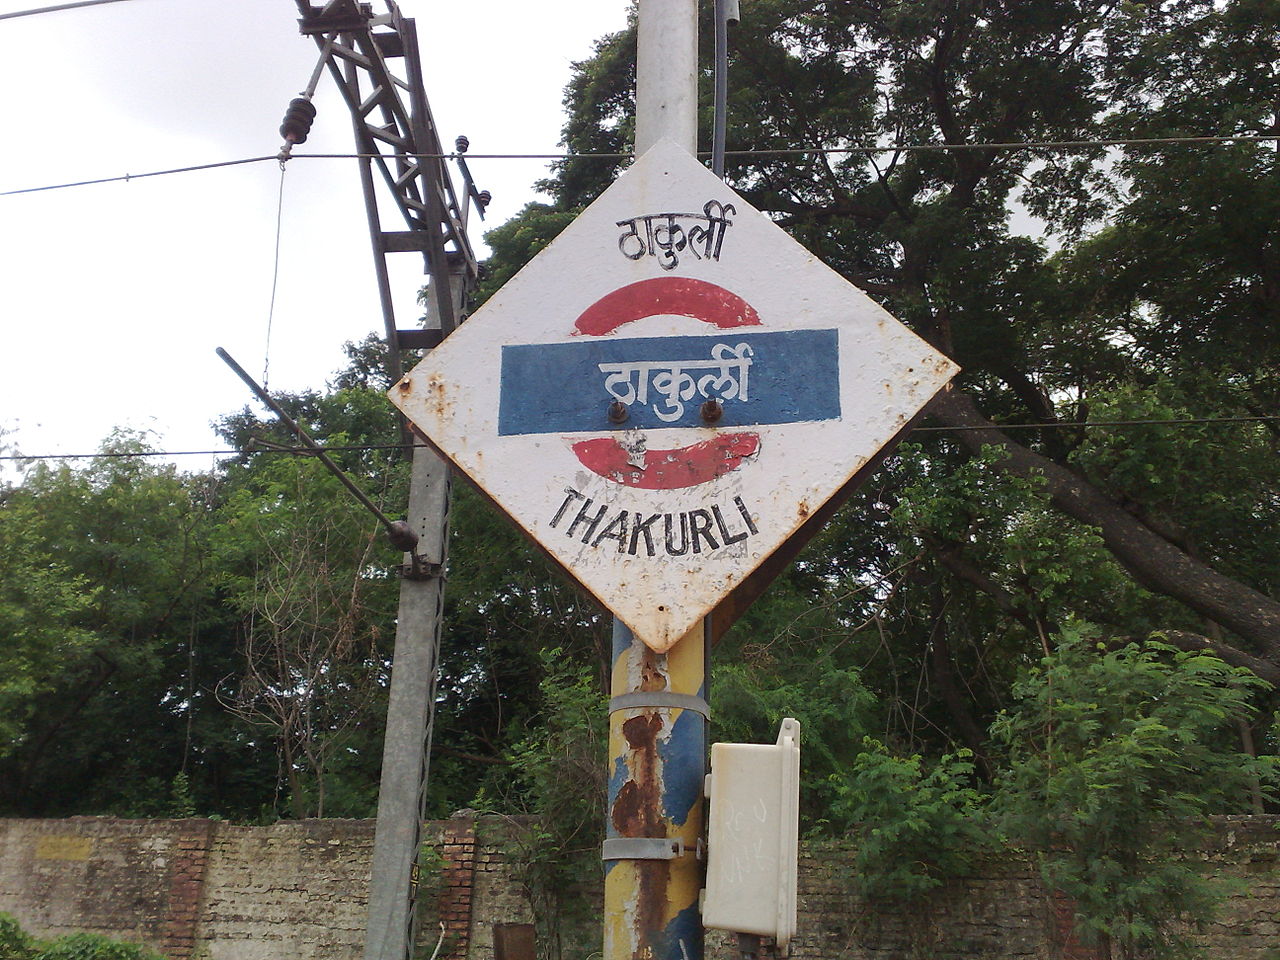
Language: marathi
Transcription: ठाकुर्ली ठाकुर्ली